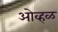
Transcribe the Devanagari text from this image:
ओव्हळ